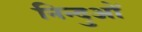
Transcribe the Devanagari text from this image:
निन्दुओं